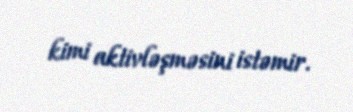
kimi aktivləşməsini istəmir.